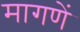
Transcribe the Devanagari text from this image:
मागणें